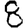
Digit: 8